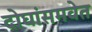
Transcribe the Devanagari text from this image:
दोघांसमवेत